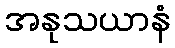
အနုသယာနံ